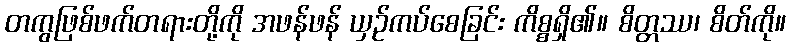
တကွဖြစ်ဖက်တရားတို့ကို အဖန်ဖန် ယှဉ်ကပ်စေခြင်း ကိစ္စရှိ၏။ စိတ္တဿ၊ စိတ်ကို။